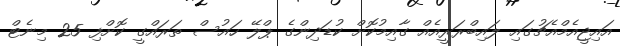
އައިޖީއެމްއެޗުގައި ލައިބްރަރީއެއް ގާއިމުކޮށް ކުޑަދިންގެ ޕްލޭ ހައުސް ތަރައްގީ ކޮށްފި 25 މިނެޓް